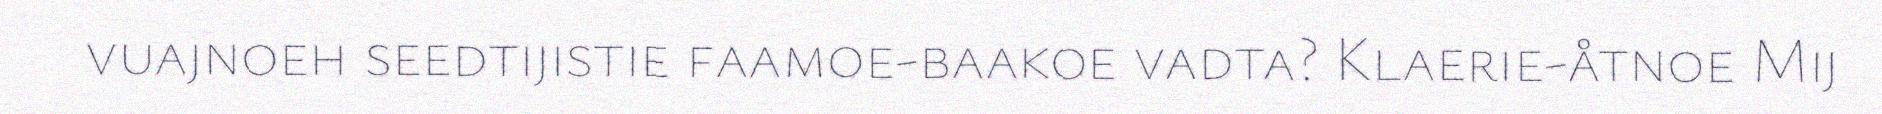
vuajnoeh seedtijistie faamoe-baakoe vadta? Klaerie-åtnoe Mij